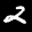
Label: 2